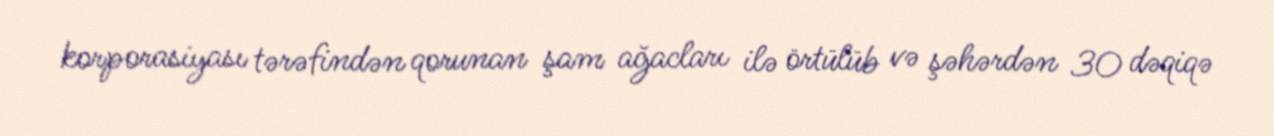
korporasiyası tərəfindən qorunan şam ağacları ilə örtülüb və şəhərdən 30 dəqiqə